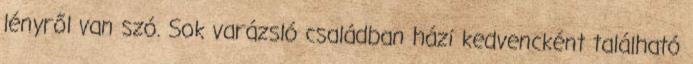
lényről van szó. Sok varázsló családban házi kedvencként található